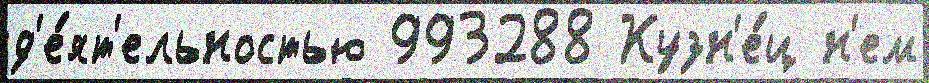
д'е́ят'ельностью 993288 Кузн'е́ц н'ем